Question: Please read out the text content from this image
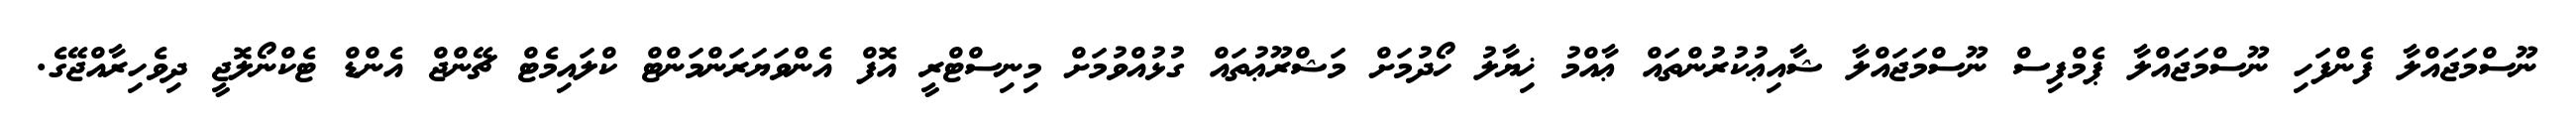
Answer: ނޫސްމަޖައްލާ ފެންފަހި ނޫސްމަޖައްލާ ޕެމްފިސް ނޫސްމަޖައްލާ ޝާއިޢުކުރުންތައް ޢާއްމު ޚިޔާލު ހޯދުމަށް މަޝްރޫޢުތައް ގުޅުއްވުމަށް މިނިސްޓްރީ އޮފް އެންވަޔަރަންމަންޓް ކްލައިމެޓް ޗޭންޖް އެންޑް ޓެކްނޯލޮޖީ ދިވެހިރާއްޖޭގެ.